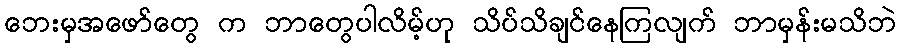
ဘေးမှအဖော်တွေ က ဘာတွေပါလိမ့်ဟု သိပ်သိချင်နေကြလျက် ဘာမှန်းမသိဘဲ